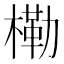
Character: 𭫤